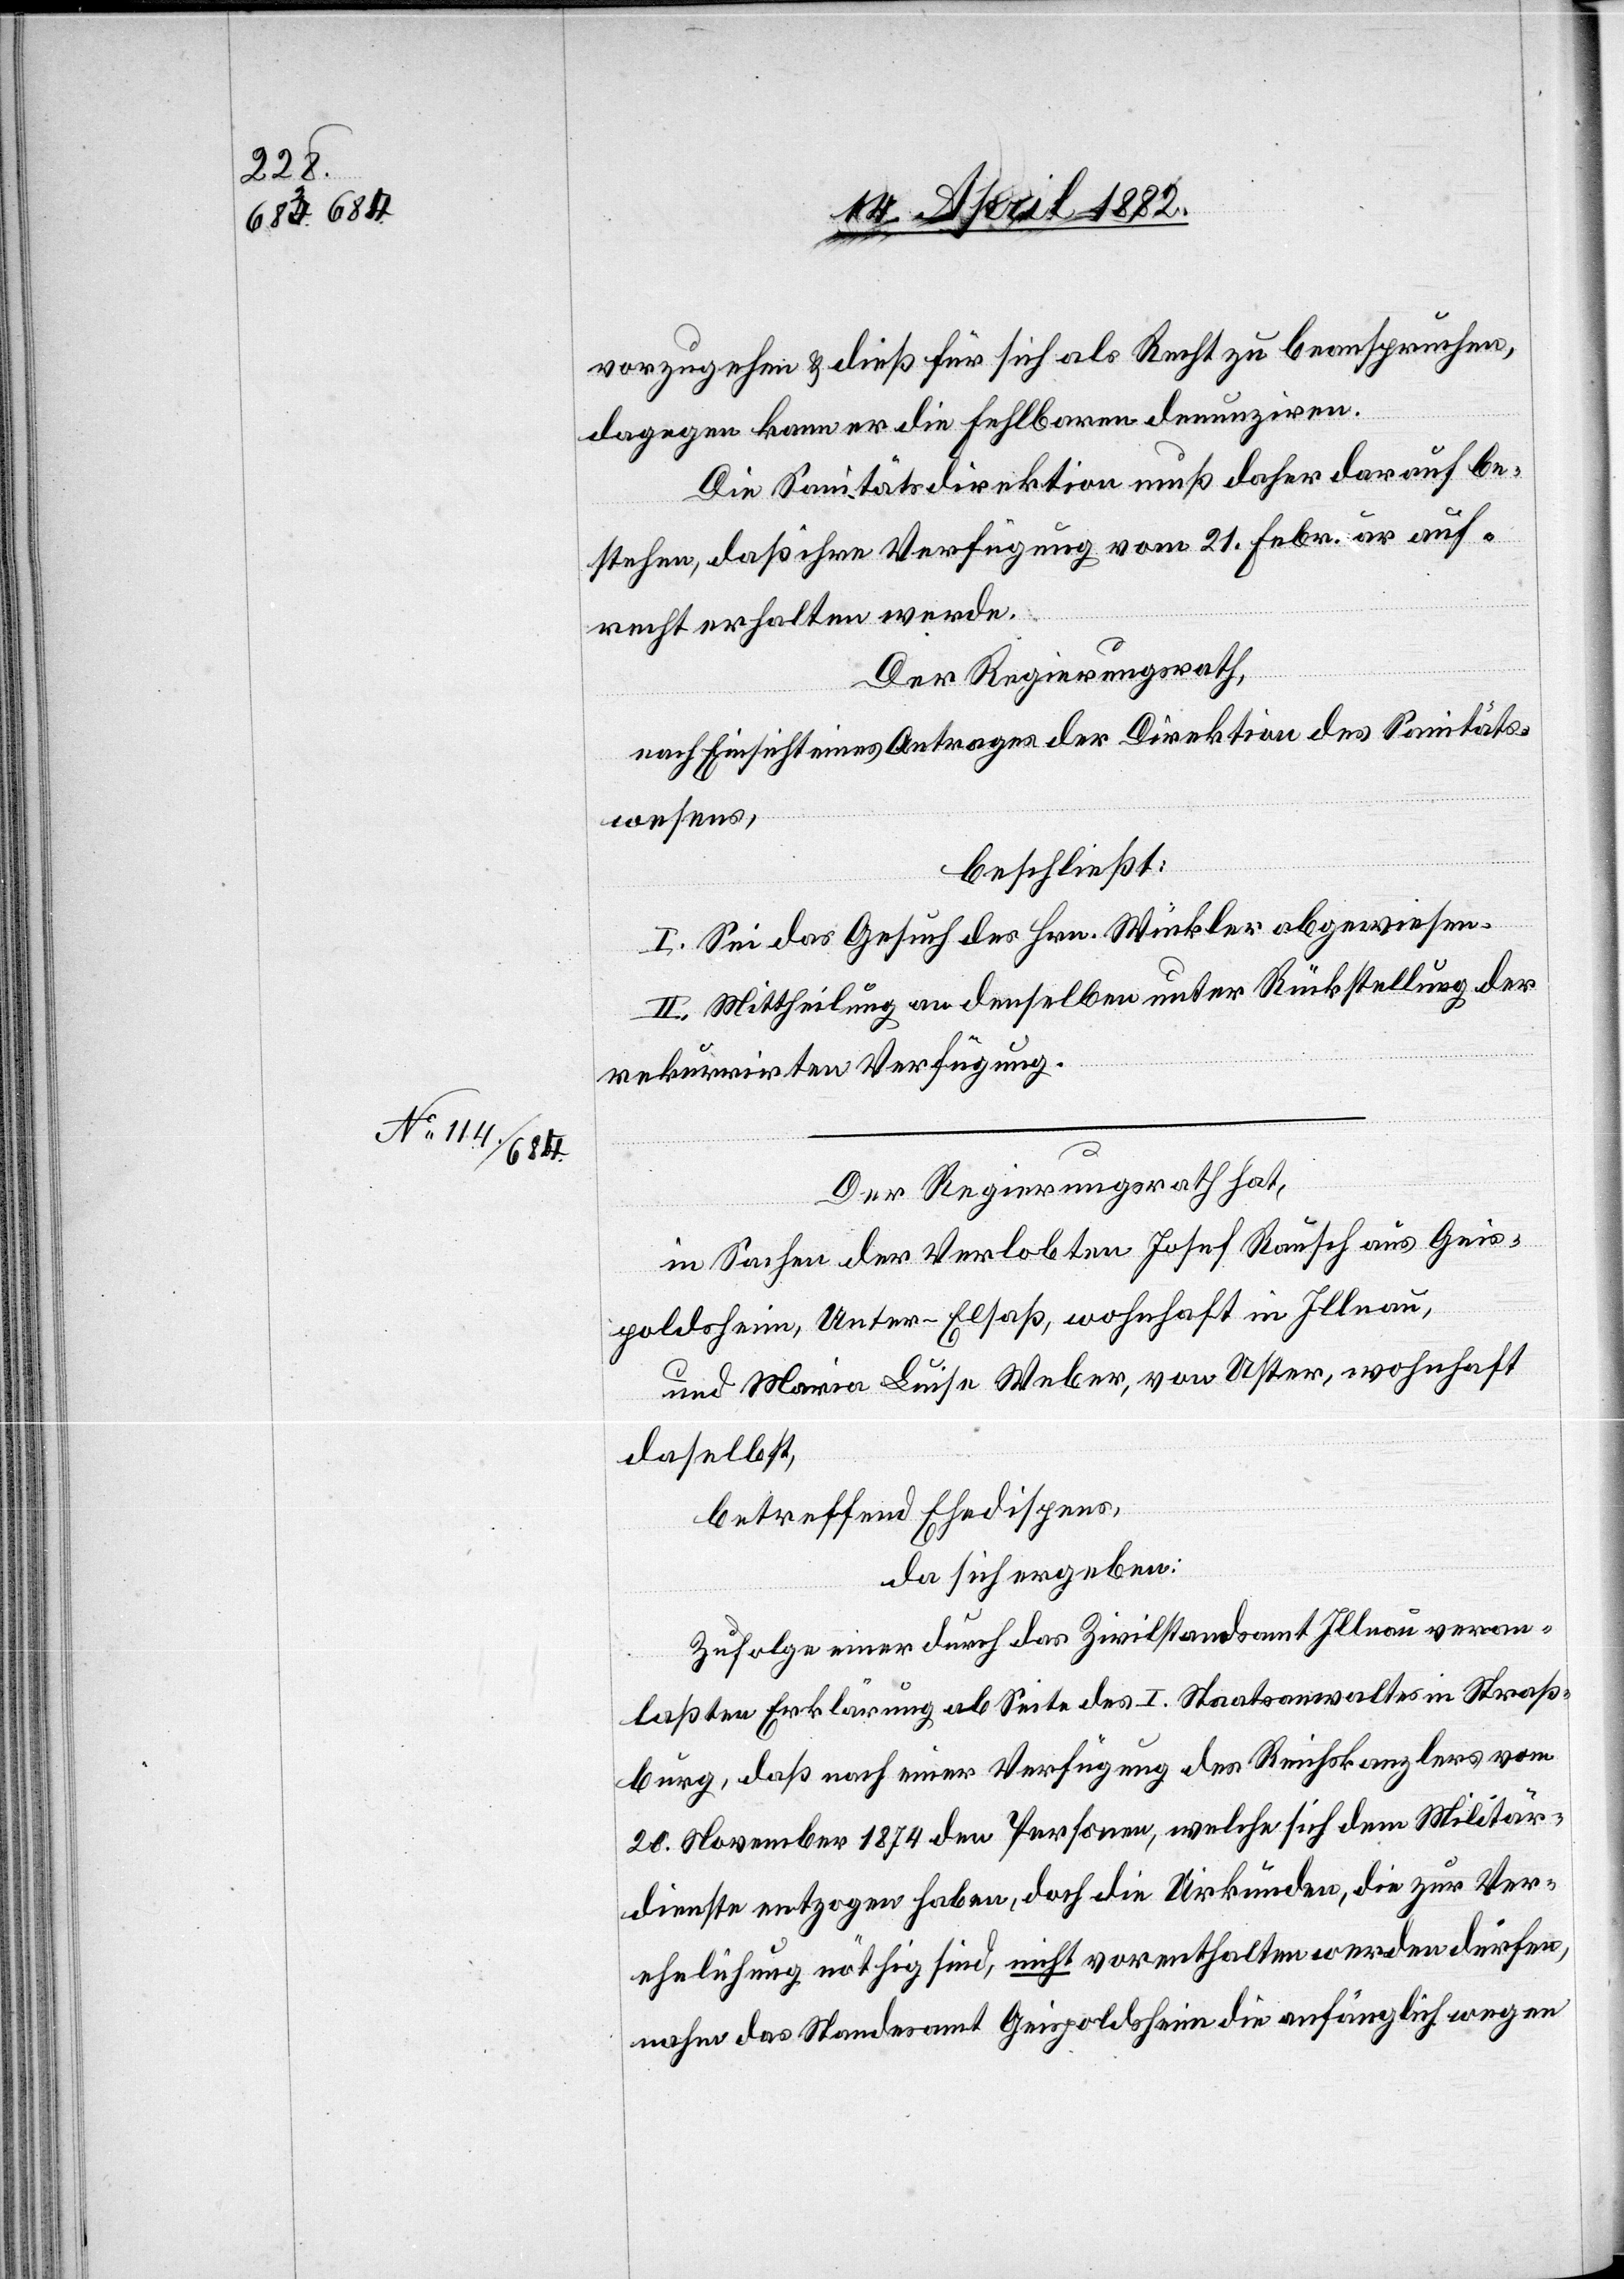
vorzugehen & dieß für sich als Recht zu beanspruchen,
dagegen kann er die Fehlbaren denunziren.
Die Sanitätsdirektion muß daher darauf be¬
stehen, daß ihre Verfügung vom 21. Februar auf¬
recht erhalten werde.
Der Regierungsrath,
nach Einsicht eines Antrages der Direktion des Sanitäts¬
wesens,
beschließt:
I. Sei das Gesuch des Hrn. Winkler abgewiesen.
II. Mittheilung an denselben unter Rückstellung der
rekurrirten Verfügung.
Der Regierungsrath hat,
in Sachen der Verlobten Josef Rausch aus Geis¬
poldsheim, Unter-Elsaß, wohnhaft in Illnau,
und Maria Luise Weber, von Uster, wohnhaft
daselbst,
betreffend Ehedispens,
da sich ergeben:
Zufolge einer durch das Zivilstandsamt Illnau veran¬
laßten Erklärung ab Seite des I. Staatsanwaltes in Straß¬
burg, daß nach einer Verfügung des Reichskanzlers vom
20. November 1874 den Personen, welche sich dem Militär¬
dienste entzogen haben, doch die Urkunden, die zur Ver¬
ehelichung nöthig sind, nicht vorenthalten werden dürfen,
nahm das Standesamt Geispoldsheim die anfänglich wegen